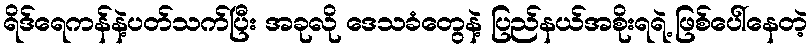
ရိဒ်ရေကန်နဲ့ပတ်သက်ပြီး အခုလို ဒေသခံတွေနဲ့ ပြည်နယ်အစိုးရရဲ့ ဖြစ်ပေါ်နေတဲ့